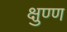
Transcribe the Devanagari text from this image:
क्षुण्ण